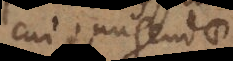
cui jungendae